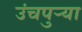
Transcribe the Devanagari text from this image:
उंचपुर्‍या